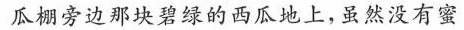
瓜棚旁边那块碧绿的西瓜地上，虽然没有蜜